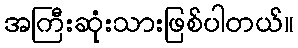
အကြီးဆုံးသားဖြစ်ပါတယ်။